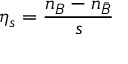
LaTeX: \eta _ { s } = { \frac { n _ { B } - n _ { \bar { B } } } { s } }